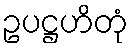
ဥပဋ္ဌဟိတုံ